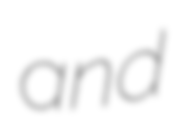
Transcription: and